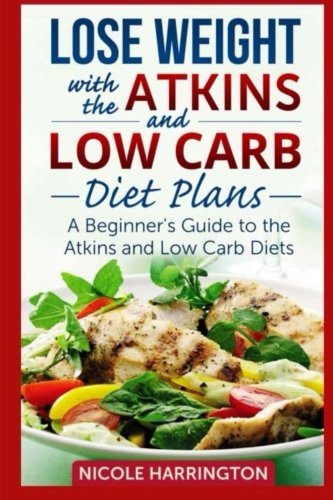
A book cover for Lose Weight with the Atkins and Low Carb Diet Plans: A Beginner's Guide to the Atkins and Low Carb Diets; Nicole Harrington; Health, Fitness & Dieting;